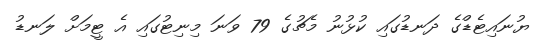
ޔުނައިޓެޑްގެ ދަނޑުގައި ކުޅުނު މެޗުގެ 79 ވަނަ މިނިޓުގައި އެ ޓީމަށް ލަނޑު